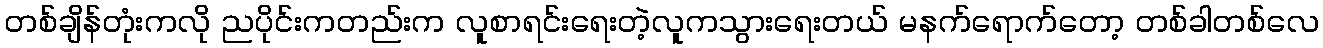
တစ်ချိန်တုံးကလို ညပိုင်းကတည်းက လူစာရင်းရေးတဲ့လူကသွားရေးတယ် မနက်ရောက်တော့ တစ်ခါတစ်လေ